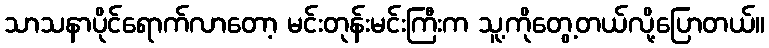
သာသနာပိုင်ရောက်လာတော့ မင်းတုန်းမင်းကြီးက သူ့ကိုတွေ့တယ်လို့ပြောတယ်။